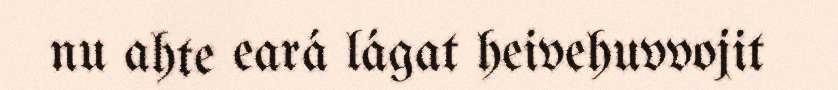
nu ahte eará lágat heivehuvvojit